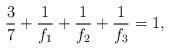
LaTeX: \begin{align*}\frac{3}{7}+\frac{1}{f_1}+\frac{1}{f_2}+\frac{1}{f_3}=1,\end{align*}